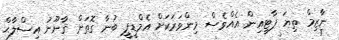
ނާޒިމް ތިޔަ ޕާޓީއިން އެއްވެސް މިންވަރަކަށް އެމްޑީޕީ ބުނާ ގޮތަށް ޤާނޫނު އިސްލާޙް